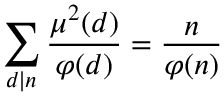
\sum _ { d \mid n } { \frac { \mu ^ { 2 } ( d ) } { \varphi ( d ) } } = { \frac { n } { \varphi ( n ) } }